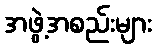
အဖွဲ့အစည်းများ